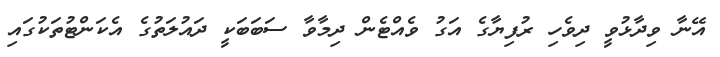
އޭނާ ވިދާޅުވީ ދިވެހި ރުފިޔާގެ އަގު ވެއްޓެން ދިމާވާ ސަބަބަކީ ދައުލަތުގެ އެކަންޓުތަކުގައި